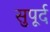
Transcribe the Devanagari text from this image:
सुुपूर्द